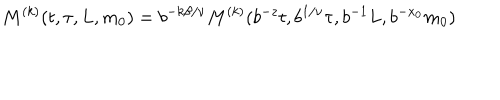
LaTeX: M ^ { ( k ) } ( t , \tau , L , m _ { 0 } ) = b ^ { - k \beta / \nu } M ^ { ( k ) } ( b ^ { - z } t , b ^ { 1 / \nu } \tau , b ^ { - 1 } L , b ^ { - x _ { 0 } } m _ { 0 } )